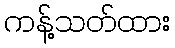
ကန့်သတ်ထား